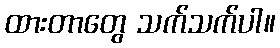
ထားတာတွေ သက်သက်ပါ။